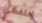
إحتفظي